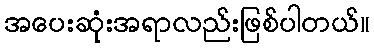
အပေးဆုံးအရာလည်းဖြစ်ပါတယ်။